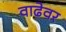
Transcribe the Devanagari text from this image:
वाढेवर